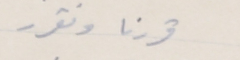
قررنا ونقرر